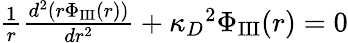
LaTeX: \begin{array}{r}{\frac{1}{r}\frac{d^{2}(r\Phi_{\textrm{III}}(r))}{dr^{2}}+{\kappa_{D}}^{2}\Phi_{\textrm{III}}(r)=0}\end{array}